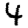
Digit: 4